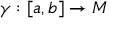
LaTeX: \gamma : [ a , b ] \to M